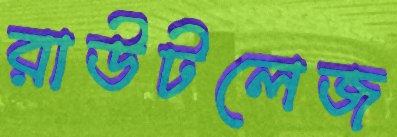
রাউটলেজ